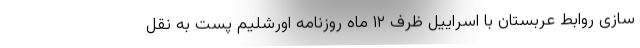
سازی روابط عربستان با اسراییل ظرف ۱۲ ماه روزنامه اورشلیم پست به نقل